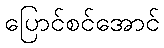
ပြောင်စင်အောင်